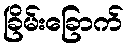
ခြိမ်းခြောက်